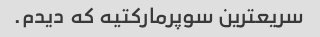
سریعترین سوپرمارکتیه که دیدم.